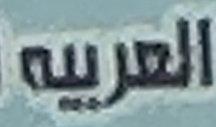
االعربيه